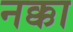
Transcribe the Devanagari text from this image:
नक्का